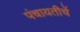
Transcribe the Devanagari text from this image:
पंचायतीचें